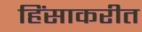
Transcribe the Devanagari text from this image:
हिंसाकरीत